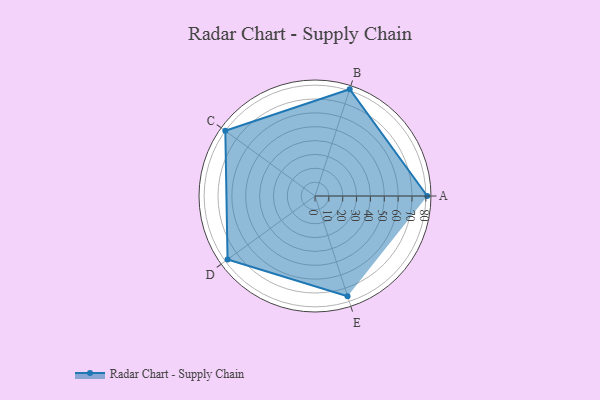
{"axis": {"x": "Skill", "y": "Score"}, "legend": ["Profile"], "data": [{"x": "A", "y": 81.0, "type": "Profile"}, {"x": "B", "y": 81.0, "type": "Profile"}, {"x": "C", "y": 80.0, "type": "Profile"}, {"x": "D", "y": 78.0, "type": "Profile"}, {"x": "E", "y": 76.0, "type": "Profile"}]}